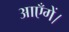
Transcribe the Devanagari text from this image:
आएँगें।